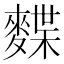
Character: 𪍐